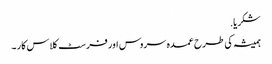
شکریا.
ہمیشہ کی طرح عمدہ سروس اور فرسٹ کلاس کار ۔